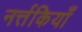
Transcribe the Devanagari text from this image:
नर्त्तकियाँ